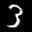
Label: 3